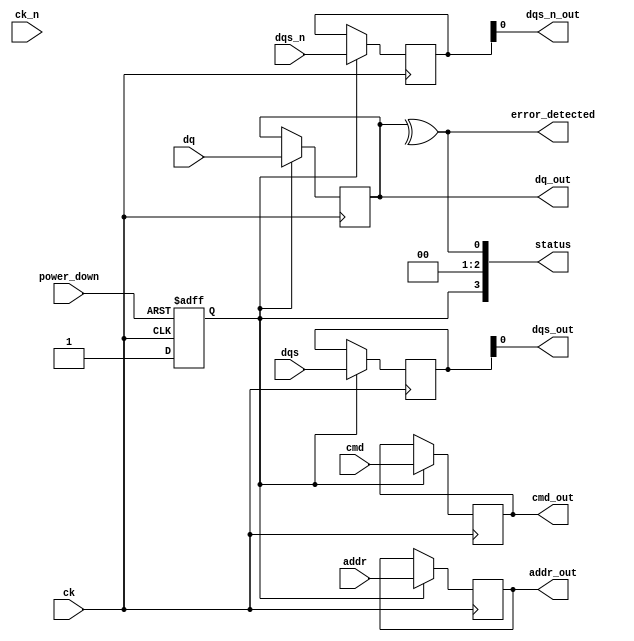
module gddr5_io_block (
    input wire [15:0] dq,          // Data lines (DQ)
    input wire [1:0] dqs,          // Strobe signals (DQS)
    input wire [1:0] dqs_n,        // Inverted strobe signals (DQS#)
    input wire [3:0] cmd,          // Command lines (CMD)
    input wire [15:0] addr,        // Address lines (ADDR)
    input wire ck,                 // Clock input (CK)
    input wire ck_n,               // Inverted clock input (CK#)
    input wire power_down,         // Power down signal
    output wire [15:0] dq_out,     // Output data lines
    output wire dqs_out,           // Output strobe signal
    output wire dqs_n_out,         // Output inverted strobe signal
    output wire [3:0] cmd_out,     // Output command lines
    output wire [15:0] addr_out,    // Output address lines
    output wire error_detected,     // Error detection signal
    output wire [3:0] status       // Status signals
);

    // Internal signals
    reg [15:0] dq_buffer;
    reg [1:0] dqs_buffer;
    reg [1:0] dqs_n_buffer;
    reg [3:0] cmd_buffer;
    reg [15:0] addr_buffer;
    reg clk_enabled;

    // Clock gating logic
    always @(posedge ck or negedge power_down) begin
        if (!power_down)
            clk_enabled <= 1'b0;
        else
            clk_enabled <= 1'b1;
    end

    // Input buffering
    always @(posedge ck) begin
        if (clk_enabled) begin
            dq_buffer <= dq;
            dqs_buffer <= dqs;
            dqs_n_buffer <= dqs_n;
            cmd_buffer <= cmd;
            addr_buffer <= addr;
        end
    end

    // Output buffering
    assign dq_out = dq_buffer;
    assign dqs_out = dqs_buffer;
    assign dqs_n_out = dqs_n_buffer;
    assign cmd_out = cmd_buffer;
    assign addr_out = addr_buffer;

    // Error detection logic (simple parity check for demonstration)
    assign error_detected = ^dq_buffer; // Example: XOR for parity check

    // Status signals (example)
    assign status = {clk_enabled, 2'b00, error_detected};

endmodule